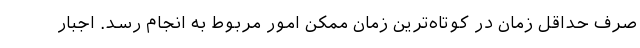
صرف حداقل زمان در کوتاه‌ترین زمان ممکن امور مربوط به انجام رسد. اجبار